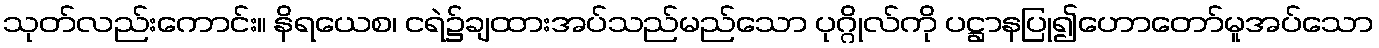
သုတ်လည်းကောင်း။ နိရယေစ၊ ငရဲ၌ချထားအပ်သည်မည်သော ပုဂ္ဂိုလ်ကို ပဋ္ဌာနပြု၍ဟောတော်မူအပ်သော